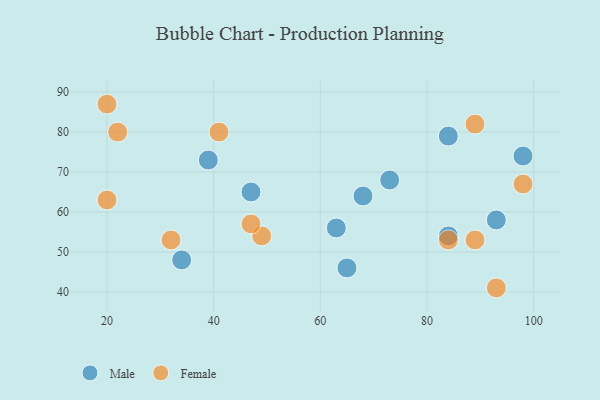
{"axis": {"x": "GDP", "y": "Life Expectancy"}, "legend": ["Female", "Male"], "data": [{"x": "84", "y": 79, "type": "Male"}, {"x": "34", "y": 48, "type": "Male"}, {"x": "73", "y": 68, "type": "Male"}, {"x": "63", "y": 56, "type": "Male"}, {"x": "65", "y": 46, "type": "Male"}, {"x": "84", "y": 54, "type": "Male"}, {"x": "47", "y": 65, "type": "Male"}, {"x": "68", "y": 64, "type": "Male"}, {"x": "98", "y": 74, "type": "Male"}, {"x": "93", "y": 58, "type": "Male"}, {"x": "39", "y": 73, "type": "Male"}, {"x": "32", "y": 53, "type": "Female"}, {"x": "98", "y": 67, "type": "Female"}, {"x": "20", "y": 63, "type": "Female"}, {"x": "49", "y": 54, "type": "Female"}, {"x": "93", "y": 41, "type": "Female"}, {"x": "47", "y": 57, "type": "Female"}, {"x": "84", "y": 53, "type": "Female"}, {"x": "89", "y": 53, "type": "Female"}, {"x": "22", "y": 80, "type": "Female"}, {"x": "89", "y": 82, "type": "Female"}, {"x": "20", "y": 87, "type": "Female"}, {"x": "41", "y": 80, "type": "Female"}]}